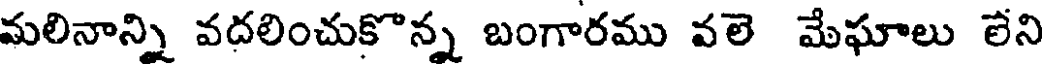
మలినాన్ని వదలించుకొన్న బంగారము వలె మేఘాలు లేని